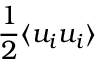
\frac { 1 } { 2 } \langle u _ { i } u _ { i } \rangle